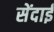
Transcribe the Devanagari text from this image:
सेंदाई